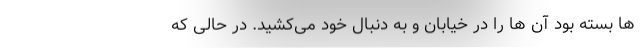
ها بسته بود آن ها را در خیابان و به دنبال خود می‌کشید. در حالی که